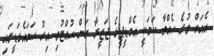
އެއަށް ވުރެ ހެއްވާ ކަމަކީ އެމްޑީޕީގެ ޖަޒީރާ ރަން ހުއްޓުވި އިރު ހަމައެގަޑީގައި